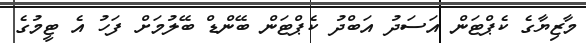
މާޒިޔާގެ ކެޕްޓަން އަސަދު އަބްދު ކެޕްޓަން ބޭންޑް ބޭލުމަށް ފަހު އެ ޓީމުގެ